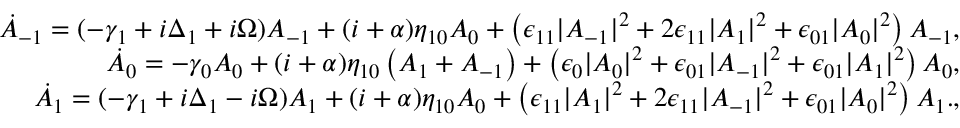
\begin{array} { r l r } & { } & { \dot { A } _ { - 1 } = ( - \gamma _ { 1 } + i \Delta _ { 1 } + i \Omega ) A _ { - 1 } + ( i + \alpha ) \eta _ { 1 0 } A _ { 0 } + \left( \epsilon _ { 1 1 } | A _ { - 1 } | ^ { 2 } + 2 \epsilon _ { 1 1 } | A _ { 1 } | ^ { 2 } + \epsilon _ { 0 1 } | A _ { 0 } | ^ { 2 } \right) A _ { - 1 } , } \\ & { } & { \dot { A } _ { 0 } = - \gamma _ { 0 } A _ { 0 } + ( i + \alpha ) \eta _ { 1 0 } \left( A _ { 1 } + A _ { - 1 } \right) + \left( \epsilon _ { 0 } | A _ { 0 } | ^ { 2 } + \epsilon _ { 0 1 } | A _ { - 1 } | ^ { 2 } + \epsilon _ { 0 1 } | A _ { 1 } | ^ { 2 } \right) A _ { 0 } , } \\ & { } & { \dot { A } _ { 1 } = ( - \gamma _ { 1 } + i \Delta _ { 1 } - i \Omega ) A _ { 1 } + ( i + \alpha ) \eta _ { 1 0 } A _ { 0 } + \left( \epsilon _ { 1 1 } | A _ { 1 } | ^ { 2 } + 2 \epsilon _ { 1 1 } | A _ { - 1 } | ^ { 2 } + \epsilon _ { 0 1 } | A _ { 0 } | ^ { 2 } \right) A _ { 1 } . , } \end{array}